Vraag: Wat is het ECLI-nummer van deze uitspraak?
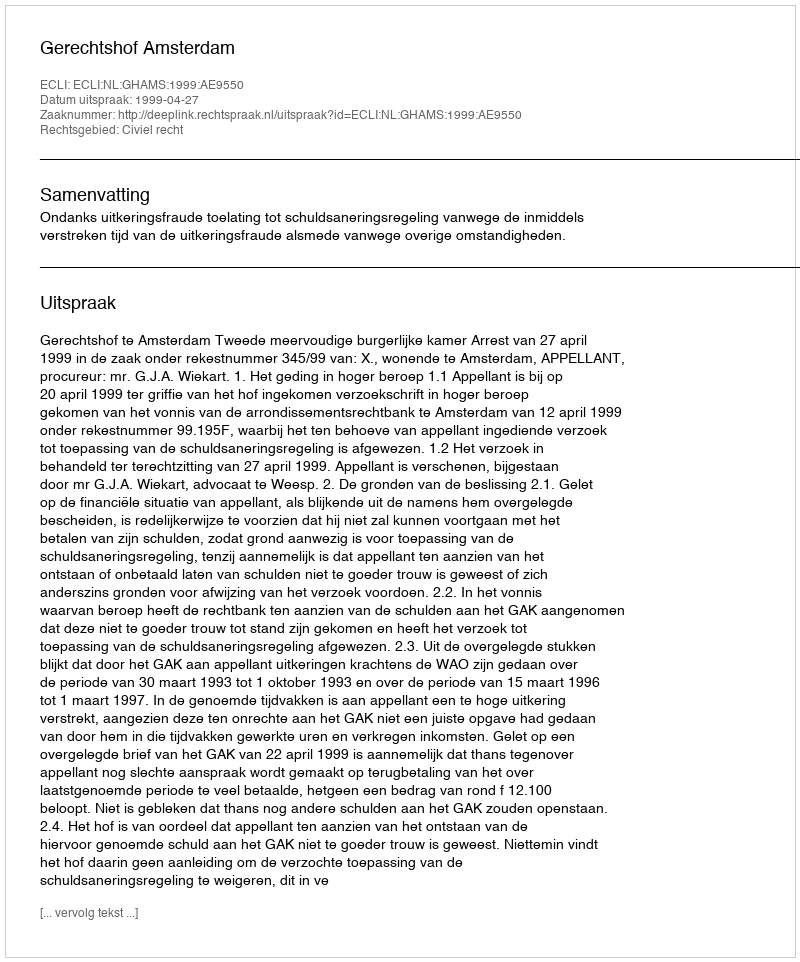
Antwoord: ECLI:NL:GHAMS:1999:AE9550